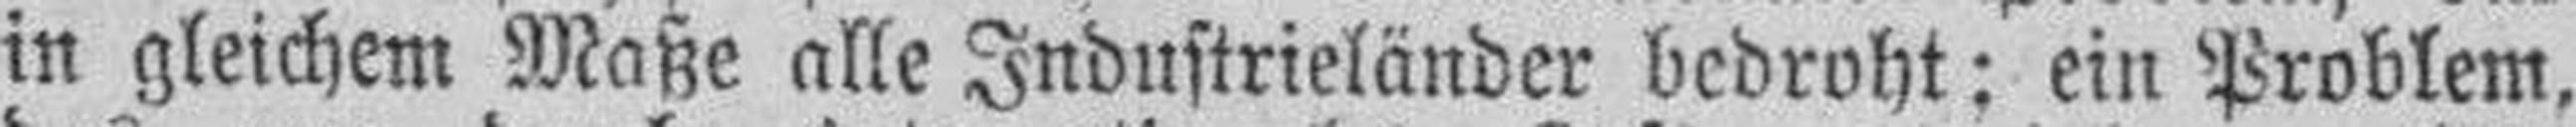
in gleichem Maße alle Industrieländer bedroht: ein Problem,